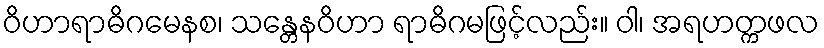
ဝိဟာရာဓိဂမေနစ၊ သန္တေနဝိဟာ ရာဓိဂမဖြင့်လည်း။ ဝါ၊ အရဟတ္ကဖလ